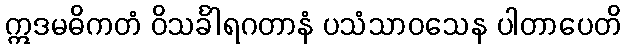
ဣဒမဓိကတံ ဝိသင်္ခါရဂတာနံ ပသံသာဝသေန ပါတာပေတိ